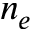
n _ { e }